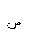
Letter: _sad